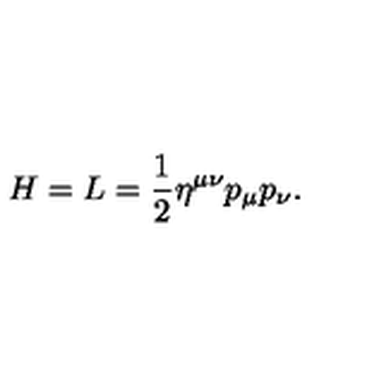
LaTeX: H = L = \frac { 1 } { 2 } \eta ^ { \mu \nu } p _ { \mu } p _ { \nu } .